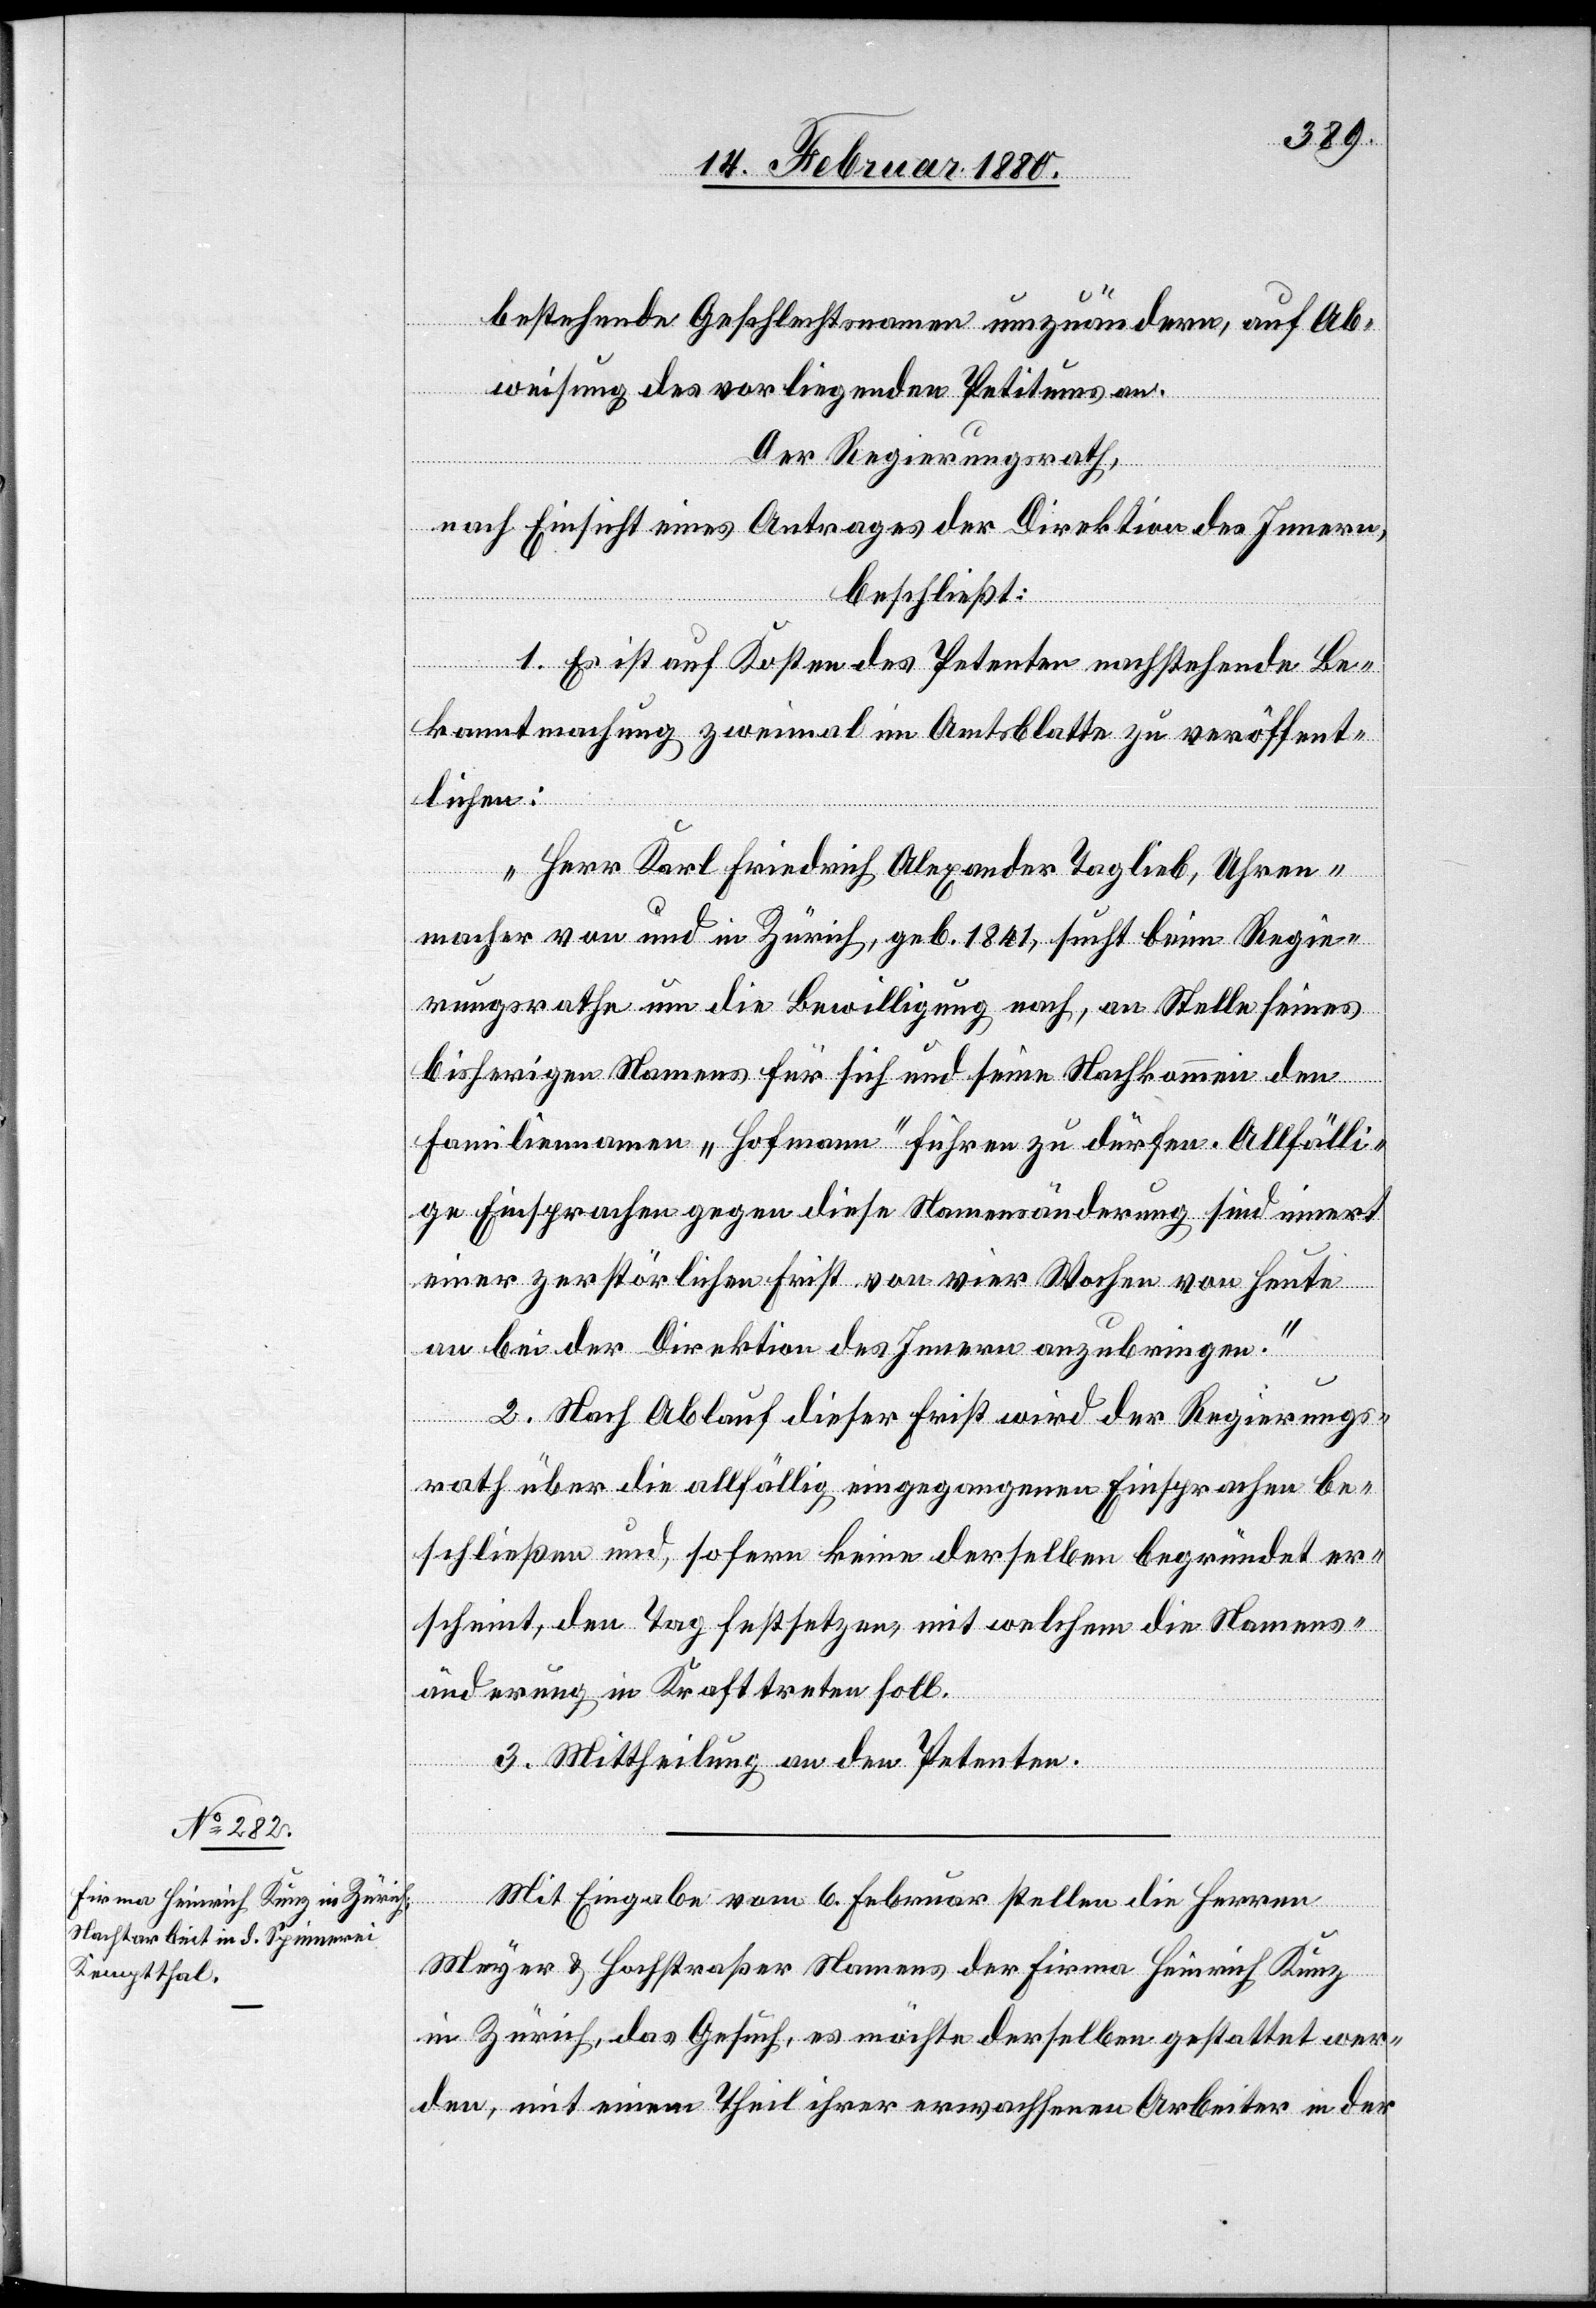
bestehende Geschlechtsnamen umzuändern, auf Ab¬
weisung des vorliegenden Petitums an.
Der Regierungsrath,
nach Einsicht eines Antrages der Direktion des Innern,
beschließt:
1. Es ist auf Kosten des Petenten nachstehende Be¬
kanntmachung zweimal im Amtsblatte zu veröffent¬
lichen:
„Herr Karl Friedrich Alexander Taglieb, Uhren¬
macher von und in Zürich, geb. 1841, sucht beim Regie¬
rungsrathe um die Bewilligung nach, an Stelle seines
bisherigen Namens für sich und seine Nachkommen den
Familiennamen „Hofmann“ führen zu dürfen. Allfälli¬
ge Einsprachen gegen diese Namensänderung sind innert
einer zerstörlichen Frist von vier Wochen von heute
an bei der Direktion des Innern anzubringen.“
2. Nach Ablauf dieser Frist wird der Regierungs¬
rath über die allfällig eingegangenen Einsprachen be¬
schließen und, sofern keine derselben begründet er¬
scheint, den Tag festsetzen, mit welchem die Namens¬
änderung in Kraft treten soll.
3. Mittheilung an den Petenten.
Mit Eingabe vom 6. Februar stellen die Herren
Meyer & Hofstraßer Namens der Firma Heinrich Kunz
in Zürich, das Gesuch, es möchte derselben gestattet wer¬
den, mit einem Theil ihrer erwachsenen Arbeiter in der